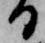
ひ